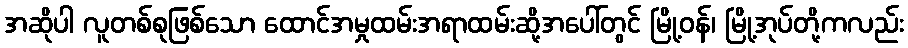
အဆိုပါ လူတစ်စုဖြစ်သော ထောင်အမှုထမ်းအရာထမ်းဆို့အပေါ်တွင် မြို့ဝန်၊ မြို့အုပ်တို့ကလည်း